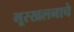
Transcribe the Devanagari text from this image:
भूस्खलनाचे